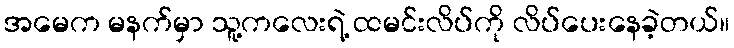
အမေက မနက်မှာ သူ့ကလေးရဲ့ ထမင်းလိပ်ကို လိပ်ပေးနေခဲ့တယ်။